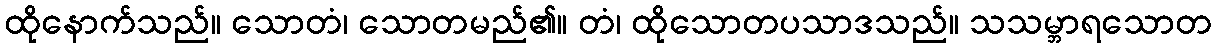
ထိုနောက်သည်။ သောတံ၊ သောတမည်၏။ တံ၊ ထိုသောတပသာဒသည်။ သသမ္ဘာရသောတ